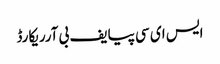
ایس ای سی پیایف بی آرریکارڈ